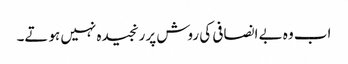
اب وہ بے انصافی کی روش پر رنجیدہ نہیں ہوتے۔